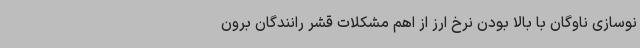
نوسازی ناوگان با بالا بودن نرخ ارز از اهم مشکلات قشر رانندگان برون